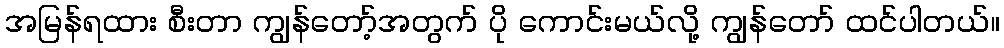
အမြန်ရထား စီးတာ ကျွန်တော့်အတွက် ပို ကောင်းမယ်လို့ ကျွန်တော် ထင်ပါတယ်။